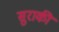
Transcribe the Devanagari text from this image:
सुराकी